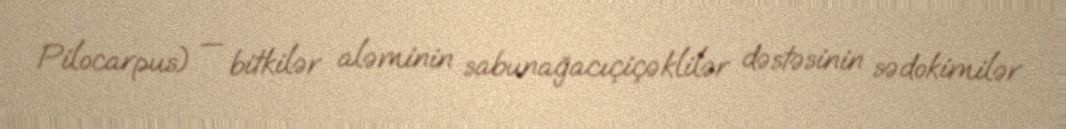
Pilocarpus) — bitkilər aləminin sabunağacıçiçəklilər dəstəsinin sədokimilər